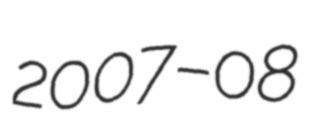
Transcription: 2007–08